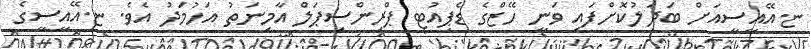
ޏ.އޭއީސީއަށް ބަދަލުކޮށްފައި ވަނީ ހޭޒްގެ ޑެޕިއުޓީ ޕްރިންސިޕަލް އާމިނަތު އަހުމަދު އެވެ. ޏ.އޭއީސީގެ